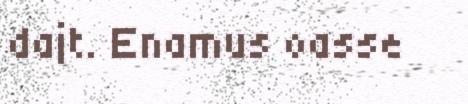
dajt. Enamus oasse